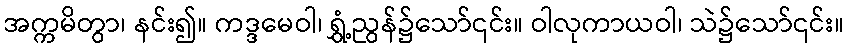
အက္ကမိတွာ၊ နင်း၍။ ကဒ္ဒမေဝါ၊ ရွှံ့ညွန်၌သော်၎င်း။ ဝါလုကာယဝါ၊ သဲ၌သော်၎င်း။